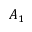
A _ { 1 }